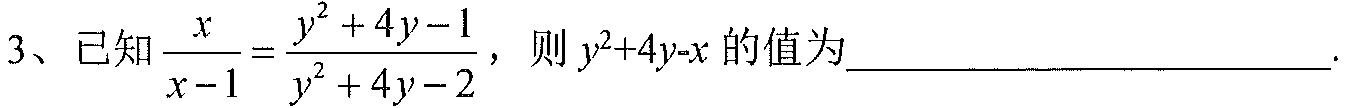
3、已知\(\frac{x}{x - 1}=\frac{y^{2}+4y - 1}{y^{2}+4y - 2}\)，则\(y^{2}+4y - x\)的值为___.